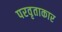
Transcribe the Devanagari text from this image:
परवृताकार